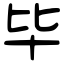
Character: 毕